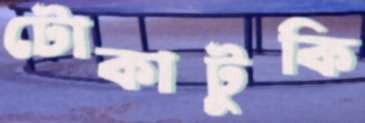
টোকাটুকি